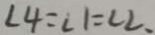
\angle 4 = \angle 1 = \angle 2 .